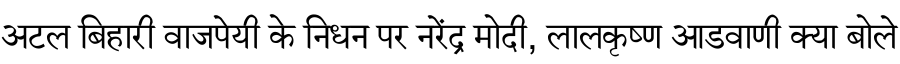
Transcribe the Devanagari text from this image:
अटल बिहारी वाजपेयी के निधन पर नरेंद्र मोदी, लालकृष्ण आडवाणी क्या बोले